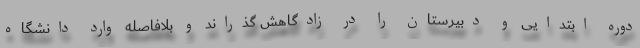
دوره ابتدایی و دبیرستان را در زادگاهش گذراند و بلافاصله وارد دانشگاه